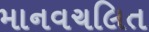
માનવચલિત